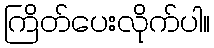
ကြိတ်ပေးလိုက်ပါ။